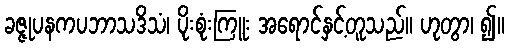
ခဇ္ဇုပနကပဘာသဒိသံ၊ ပိုးစုံးကြူး အရောင်နှင့်တူသည်။ ဟုတွာ၊ ၍။